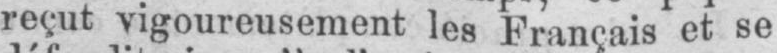
reçut vigoureusement les Français et se